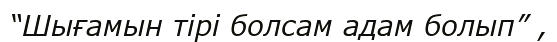
“Шығамын тірі болсам адам болып” ,